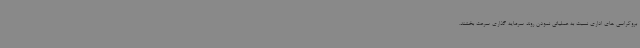
بروکراسی های اداری نسبت به عملیاتی نمودن روند سرمایه گذاری سرعت بخشند.